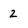
Character: 2